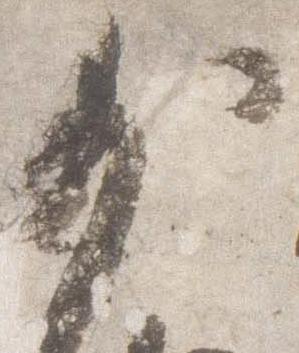
少